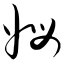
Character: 姆